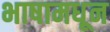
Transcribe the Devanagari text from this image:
भाषामधून